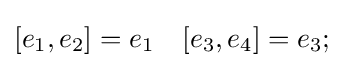
[e_{1},e_{2}]=e_{1}\quad [e_{3},e_{4}]=e_{3};